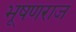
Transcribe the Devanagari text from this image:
भूषणराज